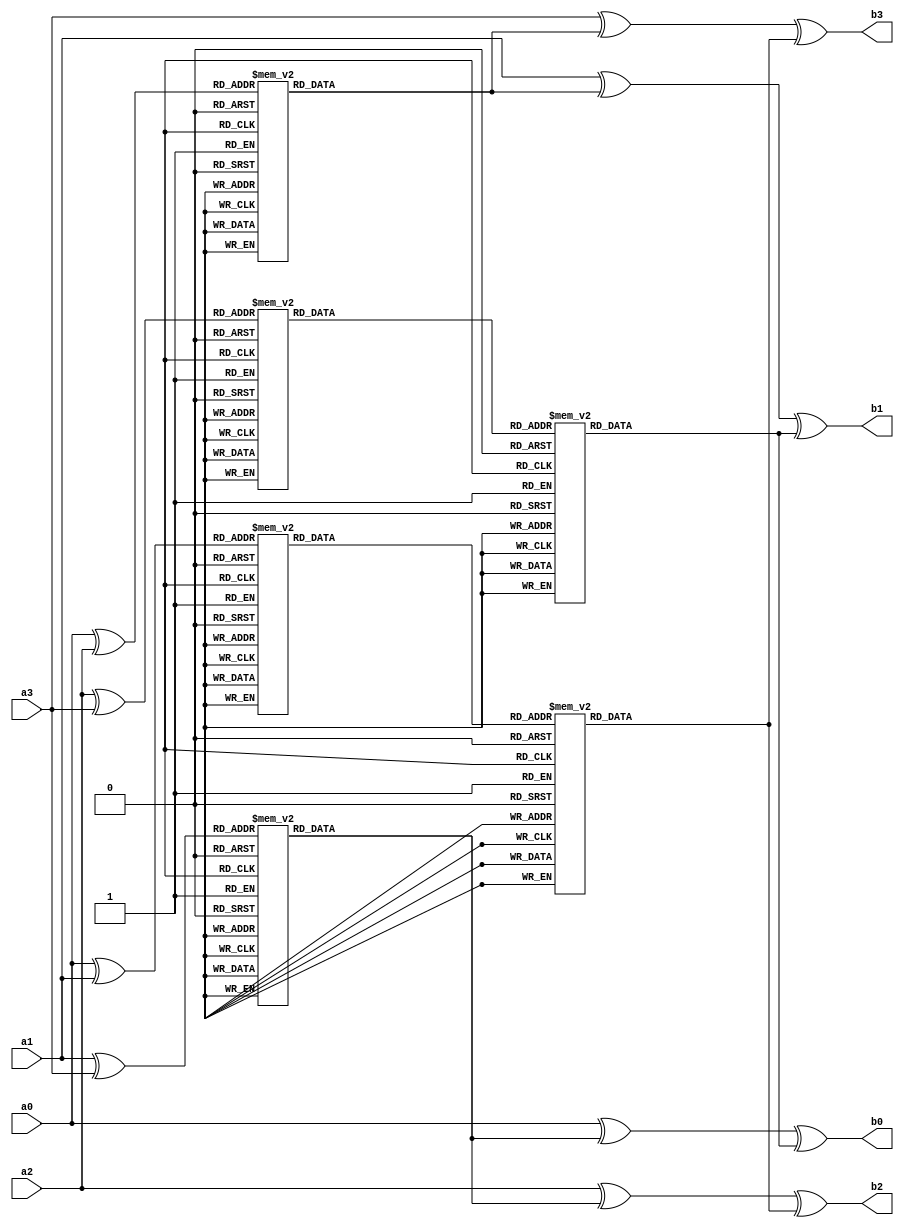
/*-------------------------------------------------------------------
 Project: ANUBIS
 Module Name: Anubis_RowMultiply
 Description:
     Row Multiply Function of the ANUBIS block cipher

 Dependencies:
           none
           
 Language: Verilog 2001
 Author: Saied H. Khayat
 Date:   March 2011
 URL: https://github.com/saiedhk

 Copyright Notice: Free use of this library is permitted under the
 guidelines and in accordance with the MIT License (MIT).
 http://opensource.org/licenses/MIT
-------------------------------------------------------------------*/

`timescale  1ns/1ps

module Anubis_RowMultiply (
   input  [7:0] a0, a1, a2, a3,
   output reg [7:0] b0, b1, b2, b3
   );

   reg [7:0] r0, r1, r2, r3;

   always @*
   begin
      r0 = xtime( a1 ^ a3 );
      r1 = xtime( a0 ^ a2 );
      r2 = xtime( xtime( a2 ^ a3 ) );
      r3 = xtime( xtime( a0 ^ a1 ) );
      b0 = a0 ^ r0 ^ r2;
      b1 = a1 ^ r1 ^ r2;
      b2 = a2 ^ r0 ^ r3;
      b3 = a3 ^ r1 ^ r3;
   end

// Multiplies a number by x in GF(2^8)
function [7:0] xtime ( input [7:0] idat );
   begin
      case(idat)
         8'h00: xtime = 8'h00;
         8'h01: xtime = 8'h02;
         8'h02: xtime = 8'h04;
         8'h03: xtime = 8'h06;
         8'h04: xtime = 8'h08;
         8'h05: xtime = 8'h0a;
         8'h06: xtime = 8'h0c;
         8'h07: xtime = 8'h0e;
         8'h08: xtime = 8'h10;
         8'h09: xtime = 8'h12;
         8'h0a: xtime = 8'h14;
         8'h0b: xtime = 8'h16;
         8'h0c: xtime = 8'h18;
         8'h0d: xtime = 8'h1a;
         8'h0e: xtime = 8'h1c;
         8'h0f: xtime = 8'h1e;

         8'h10: xtime = 8'h20;
         8'h11: xtime = 8'h22;
         8'h12: xtime = 8'h24;
         8'h13: xtime = 8'h26;
         8'h14: xtime = 8'h28;
         8'h15: xtime = 8'h2a;
         8'h16: xtime = 8'h2c;
         8'h17: xtime = 8'h2e;
         8'h18: xtime = 8'h30;
         8'h19: xtime = 8'h32;
         8'h1a: xtime = 8'h34;
         8'h1b: xtime = 8'h36;
         8'h1c: xtime = 8'h38;
         8'h1d: xtime = 8'h3a;
         8'h1e: xtime = 8'h3c;
         8'h1f: xtime = 8'h3e;

         8'h20: xtime = 8'h40;
         8'h21: xtime = 8'h42;
         8'h22: xtime = 8'h44;
         8'h23: xtime = 8'h46;
         8'h24: xtime = 8'h48;
         8'h25: xtime = 8'h4a;
         8'h26: xtime = 8'h4c;
         8'h27: xtime = 8'h4e;
         8'h28: xtime = 8'h50;
         8'h29: xtime = 8'h52;
         8'h2a: xtime = 8'h54;
         8'h2b: xtime = 8'h56;
         8'h2c: xtime = 8'h58;
         8'h2d: xtime = 8'h5a;
         8'h2e: xtime = 8'h5c;
         8'h2f: xtime = 8'h5e;

         8'h30: xtime = 8'h60;
         8'h31: xtime = 8'h62;
         8'h32: xtime = 8'h64;
         8'h33: xtime = 8'h66;
         8'h34: xtime = 8'h68;
         8'h35: xtime = 8'h6a;
         8'h36: xtime = 8'h6c;
         8'h37: xtime = 8'h6e;
         8'h38: xtime = 8'h70;
         8'h39: xtime = 8'h72;
         8'h3a: xtime = 8'h74;
         8'h3b: xtime = 8'h76;
         8'h3c: xtime = 8'h78;
         8'h3d: xtime = 8'h7a;
         8'h3e: xtime = 8'h7c;
         8'h3f: xtime = 8'h7e;

         8'h40: xtime = 8'h80;
         8'h41: xtime = 8'h82;
         8'h42: xtime = 8'h84;
         8'h43: xtime = 8'h86;
         8'h44: xtime = 8'h88;
         8'h45: xtime = 8'h8a;
         8'h46: xtime = 8'h8c;
         8'h47: xtime = 8'h8e;
         8'h48: xtime = 8'h90;
         8'h49: xtime = 8'h92;
         8'h4a: xtime = 8'h94;
         8'h4b: xtime = 8'h96;
         8'h4c: xtime = 8'h98;
         8'h4d: xtime = 8'h9a;
         8'h4e: xtime = 8'h9c;
         8'h4f: xtime = 8'h9e;

         8'h50: xtime = 8'ha0;
         8'h51: xtime = 8'ha2;
         8'h52: xtime = 8'ha4;
         8'h53: xtime = 8'ha6;
         8'h54: xtime = 8'ha8;
         8'h55: xtime = 8'haa;
         8'h56: xtime = 8'hac;
         8'h57: xtime = 8'hae;
         8'h58: xtime = 8'hb0;
         8'h59: xtime = 8'hb2;
         8'h5a: xtime = 8'hb4;
         8'h5b: xtime = 8'hb6;
         8'h5c: xtime = 8'hb8;
         8'h5d: xtime = 8'hba;
         8'h5e: xtime = 8'hbc;
         8'h5f: xtime = 8'hbe;

         8'h60: xtime = 8'hc0;
         8'h61: xtime = 8'hc2;
         8'h62: xtime = 8'hc4;
         8'h63: xtime = 8'hc6;
         8'h64: xtime = 8'hc8;
         8'h65: xtime = 8'hca;
         8'h66: xtime = 8'hcc;
         8'h67: xtime = 8'hce;
         8'h68: xtime = 8'hd0;
         8'h69: xtime = 8'hd2;
         8'h6a: xtime = 8'hd4;
         8'h6b: xtime = 8'hd6;
         8'h6c: xtime = 8'hd8;
         8'h6d: xtime = 8'hda;
         8'h6e: xtime = 8'hdc;
         8'h6f: xtime = 8'hde;

         8'h70: xtime = 8'he0;
         8'h71: xtime = 8'he2;
         8'h72: xtime = 8'he4;
         8'h73: xtime = 8'he6;
         8'h74: xtime = 8'he8;
         8'h75: xtime = 8'hea;
         8'h76: xtime = 8'hec;
         8'h77: xtime = 8'hee;
         8'h78: xtime = 8'hf0;
         8'h79: xtime = 8'hf2;
         8'h7a: xtime = 8'hf4;
         8'h7b: xtime = 8'hf6;
         8'h7c: xtime = 8'hf8;
         8'h7d: xtime = 8'hfa;
         8'h7e: xtime = 8'hfc;
         8'h7f: xtime = 8'hfe;

         8'h80: xtime = 8'h1d;
         8'h81: xtime = 8'h1f;
         8'h82: xtime = 8'h19;
         8'h83: xtime = 8'h1b;
         8'h84: xtime = 8'h15;
         8'h85: xtime = 8'h17;
         8'h86: xtime = 8'h11;
         8'h87: xtime = 8'h13;
         8'h88: xtime = 8'h0d;
         8'h89: xtime = 8'h0f;
         8'h8a: xtime = 8'h09;
         8'h8b: xtime = 8'h0b;
         8'h8c: xtime = 8'h05;
         8'h8d: xtime = 8'h07;
         8'h8e: xtime = 8'h01;
         8'h8f: xtime = 8'h03;

         8'h90: xtime = 8'h3d;
         8'h91: xtime = 8'h3f;
         8'h92: xtime = 8'h39;
         8'h93: xtime = 8'h3b;
         8'h94: xtime = 8'h35;
         8'h95: xtime = 8'h37;
         8'h96: xtime = 8'h31;
         8'h97: xtime = 8'h33;
         8'h98: xtime = 8'h2d;
         8'h99: xtime = 8'h2f;
         8'h9a: xtime = 8'h29;
         8'h9b: xtime = 8'h2b;
         8'h9c: xtime = 8'h25;
         8'h9d: xtime = 8'h27;
         8'h9e: xtime = 8'h21;
         8'h9f: xtime = 8'h23;

         8'ha0: xtime = 8'h5d;
         8'ha1: xtime = 8'h5f;
         8'ha2: xtime = 8'h59;
         8'ha3: xtime = 8'h5b;
         8'ha4: xtime = 8'h55;
         8'ha5: xtime = 8'h57;
         8'ha6: xtime = 8'h51;
         8'ha7: xtime = 8'h53;
         8'ha8: xtime = 8'h4d;
         8'ha9: xtime = 8'h4f;
         8'haa: xtime = 8'h49;
         8'hab: xtime = 8'h4b;
         8'hac: xtime = 8'h45;
         8'had: xtime = 8'h47;
         8'hae: xtime = 8'h41;
         8'haf: xtime = 8'h43;

         8'hb0: xtime = 8'h7d;
         8'hb1: xtime = 8'h7f;
         8'hb2: xtime = 8'h79;
         8'hb3: xtime = 8'h7b;
         8'hb4: xtime = 8'h75;
         8'hb5: xtime = 8'h77;
         8'hb6: xtime = 8'h71;
         8'hb7: xtime = 8'h73;
         8'hb8: xtime = 8'h6d;
         8'hb9: xtime = 8'h6f;
         8'hba: xtime = 8'h69;
         8'hbb: xtime = 8'h6b;
         8'hbc: xtime = 8'h65;
         8'hbd: xtime = 8'h67;
         8'hbe: xtime = 8'h61;
         8'hbf: xtime = 8'h63;

         8'hc0: xtime = 8'h9d;
         8'hc1: xtime = 8'h9f;
         8'hc2: xtime = 8'h99;
         8'hc3: xtime = 8'h9b;
         8'hc4: xtime = 8'h95;
         8'hc5: xtime = 8'h97;
         8'hc6: xtime = 8'h91;
         8'hc7: xtime = 8'h93;
         8'hc8: xtime = 8'h8d;
         8'hc9: xtime = 8'h8f;
         8'hca: xtime = 8'h89;
         8'hcb: xtime = 8'h8b;
         8'hcc: xtime = 8'h85;
         8'hcd: xtime = 8'h87;
         8'hce: xtime = 8'h81;
         8'hcf: xtime = 8'h83;

         8'hd0: xtime = 8'hbd;
         8'hd1: xtime = 8'hbf;
         8'hd2: xtime = 8'hb9;
         8'hd3: xtime = 8'hbb;
         8'hd4: xtime = 8'hb5;
         8'hd5: xtime = 8'hb7;
         8'hd6: xtime = 8'hb1;
         8'hd7: xtime = 8'hb3;
         8'hd8: xtime = 8'had;
         8'hd9: xtime = 8'haf;
         8'hda: xtime = 8'ha9;
         8'hdb: xtime = 8'hab;
         8'hdc: xtime = 8'ha5;
         8'hdd: xtime = 8'ha7;
         8'hde: xtime = 8'ha1;
         8'hdf: xtime = 8'ha3;

         8'he0: xtime = 8'hdd;
         8'he1: xtime = 8'hdf;
         8'he2: xtime = 8'hd9;
         8'he3: xtime = 8'hdb;
         8'he4: xtime = 8'hd5;
         8'he5: xtime = 8'hd7;
         8'he6: xtime = 8'hd1;
         8'he7: xtime = 8'hd3;
         8'he8: xtime = 8'hcd;
         8'he9: xtime = 8'hcf;
         8'hea: xtime = 8'hc9;
         8'heb: xtime = 8'hcb;
         8'hec: xtime = 8'hc5;
         8'hed: xtime = 8'hc7;
         8'hee: xtime = 8'hc1;
         8'hef: xtime = 8'hc3;

         8'hf0: xtime = 8'hfd;
         8'hf1: xtime = 8'hff;
         8'hf2: xtime = 8'hf9;
         8'hf3: xtime = 8'hfb;
         8'hf4: xtime = 8'hf5;
         8'hf5: xtime = 8'hf7;
         8'hf6: xtime = 8'hf1;
         8'hf7: xtime = 8'hf3;
         8'hf8: xtime = 8'hed;
         8'hf9: xtime = 8'hef;
         8'hfa: xtime = 8'he9;
         8'hfb: xtime = 8'heb;
         8'hfc: xtime = 8'he5;
         8'hfd: xtime = 8'he7;
         8'hfe: xtime = 8'he1;
         8'hff: xtime = 8'he3;
      endcase
   end
endfunction

endmodule